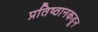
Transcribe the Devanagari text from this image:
प्रतिष्ठानकडून